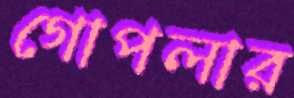
গোপলার